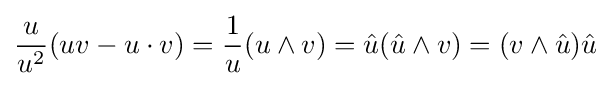
{\frac {u}{{u}^{2}}}(uv-u\cdot v)={\frac {1}{u}}(u\wedge v)={\hat {u}}({\hat {u}}\wedge v)=(v\wedge {\hat {u}}){\hat {u}}